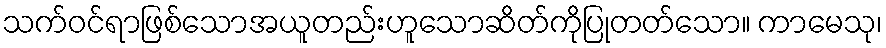
သက်ဝင်ရာဖြစ်သောအယူတည်းဟူသောဆိတ်ကိုပြုတတ်သော။ ကာမေသု၊